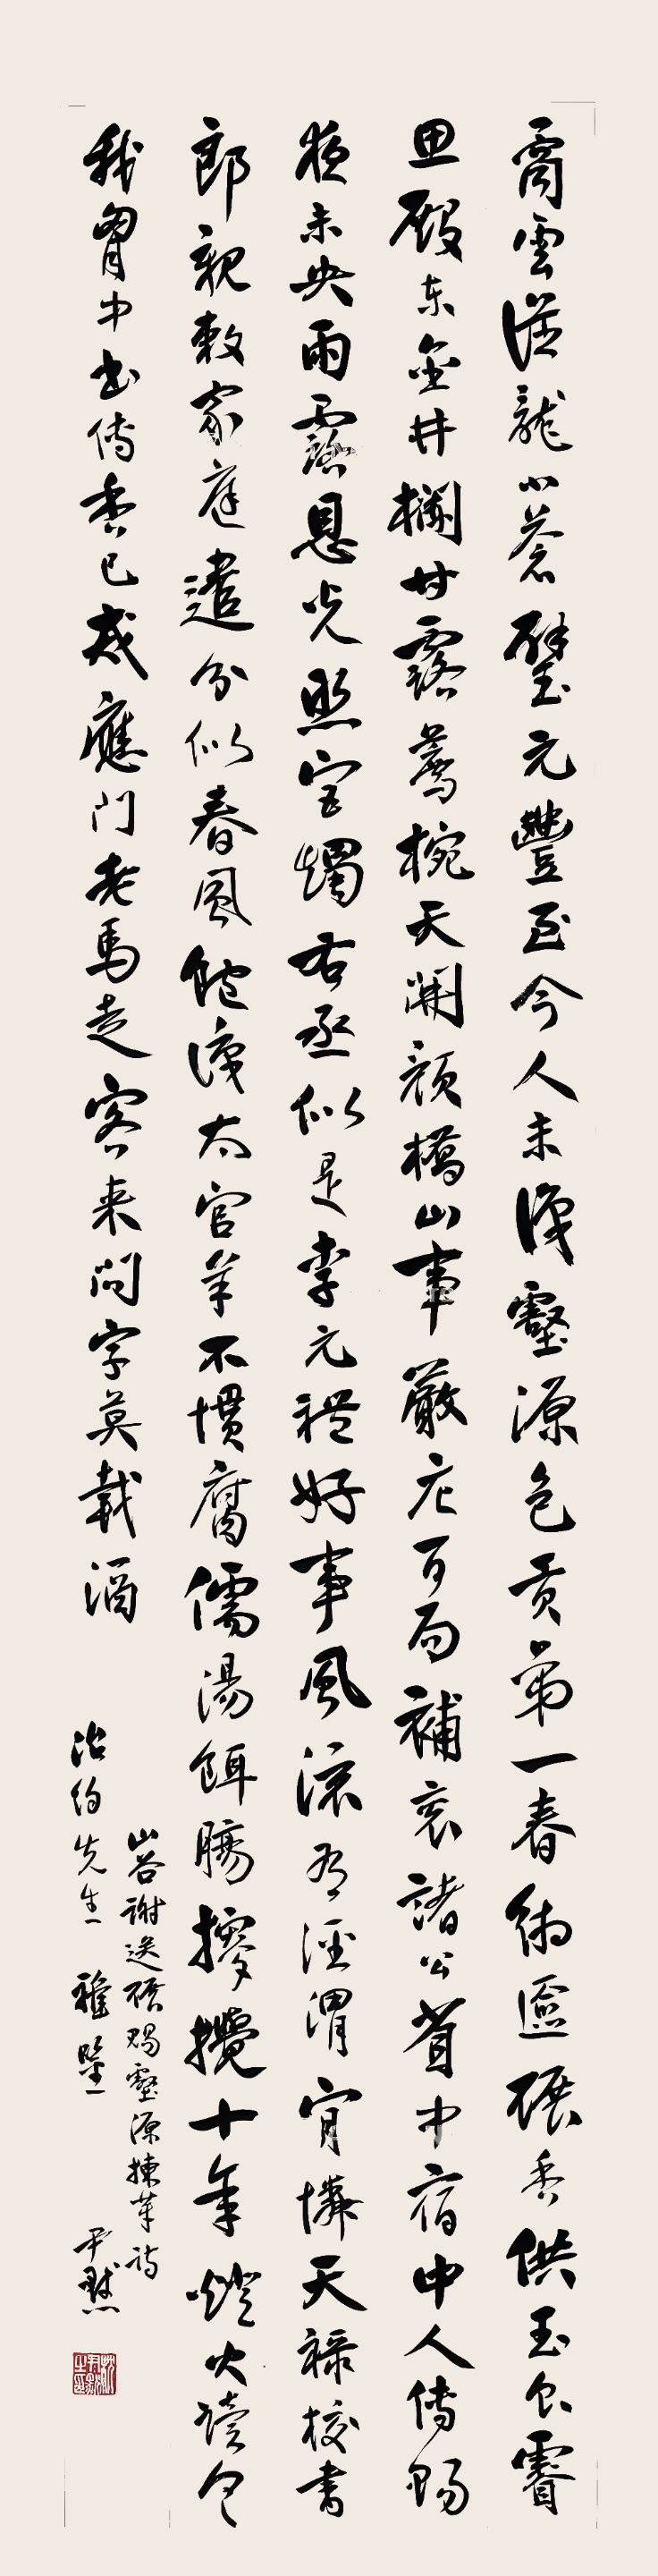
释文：矞云从龙小苍璧，元丰至今人未识。壑源包贡第一春，缃奁碾香供玉食。睿思殿东金井栏，甘露荐椀天开颜。桥山事严庀百局，补衮诸公省中宿。中人传赐夜未央，雨露恩光照宫烛。右丞似是李元礼，好事风流有泾渭。肯怜天禄校书郎，亲敕家庭遣分似。春风饱识太官羊，不惯腐儒汤饼肠。搜搅十年灯火读，令我胸中书传香。已戒应门老马走，客来问字莫载酒。山谷《谢送碾壑源拣芽》诗，治约先生雅鉴，尹默。